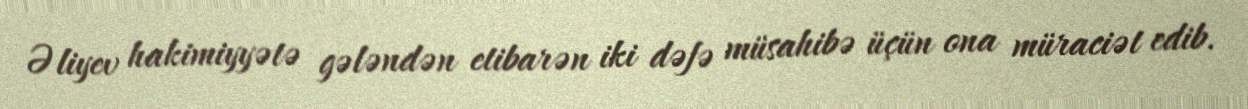
Əliyev hakimiyyətə gələndən etibarən iki dəfə müsahibə üçün ona müraciət edib.